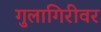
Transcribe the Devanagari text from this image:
गुलागिरीवर